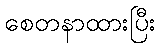
စေတနာထားပြီး